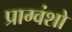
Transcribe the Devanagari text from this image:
प्राग्वंशो